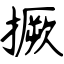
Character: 撅